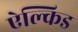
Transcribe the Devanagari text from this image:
ऐल्किड